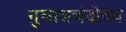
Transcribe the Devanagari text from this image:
गुलालचंद्रोदय